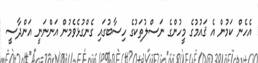
އެހެން ކަމުން އެ ޤައުމުގެ މީހުންގެ ނަސްލުތަކުގެ ހިސާބުގައި ގެންގުޅެވެމުން އަންނަނީ އަންދާސީ